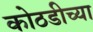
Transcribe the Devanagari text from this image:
कोठडीच्या